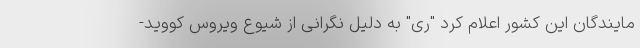
مایندگان این کشور اعلام کرد "ری" به دلیل نگرانی از شیوع ویروس کووید-